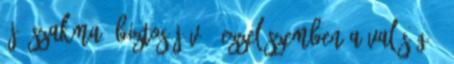
"jó szakma, biztos jövő" ezzel szemben a valóság :